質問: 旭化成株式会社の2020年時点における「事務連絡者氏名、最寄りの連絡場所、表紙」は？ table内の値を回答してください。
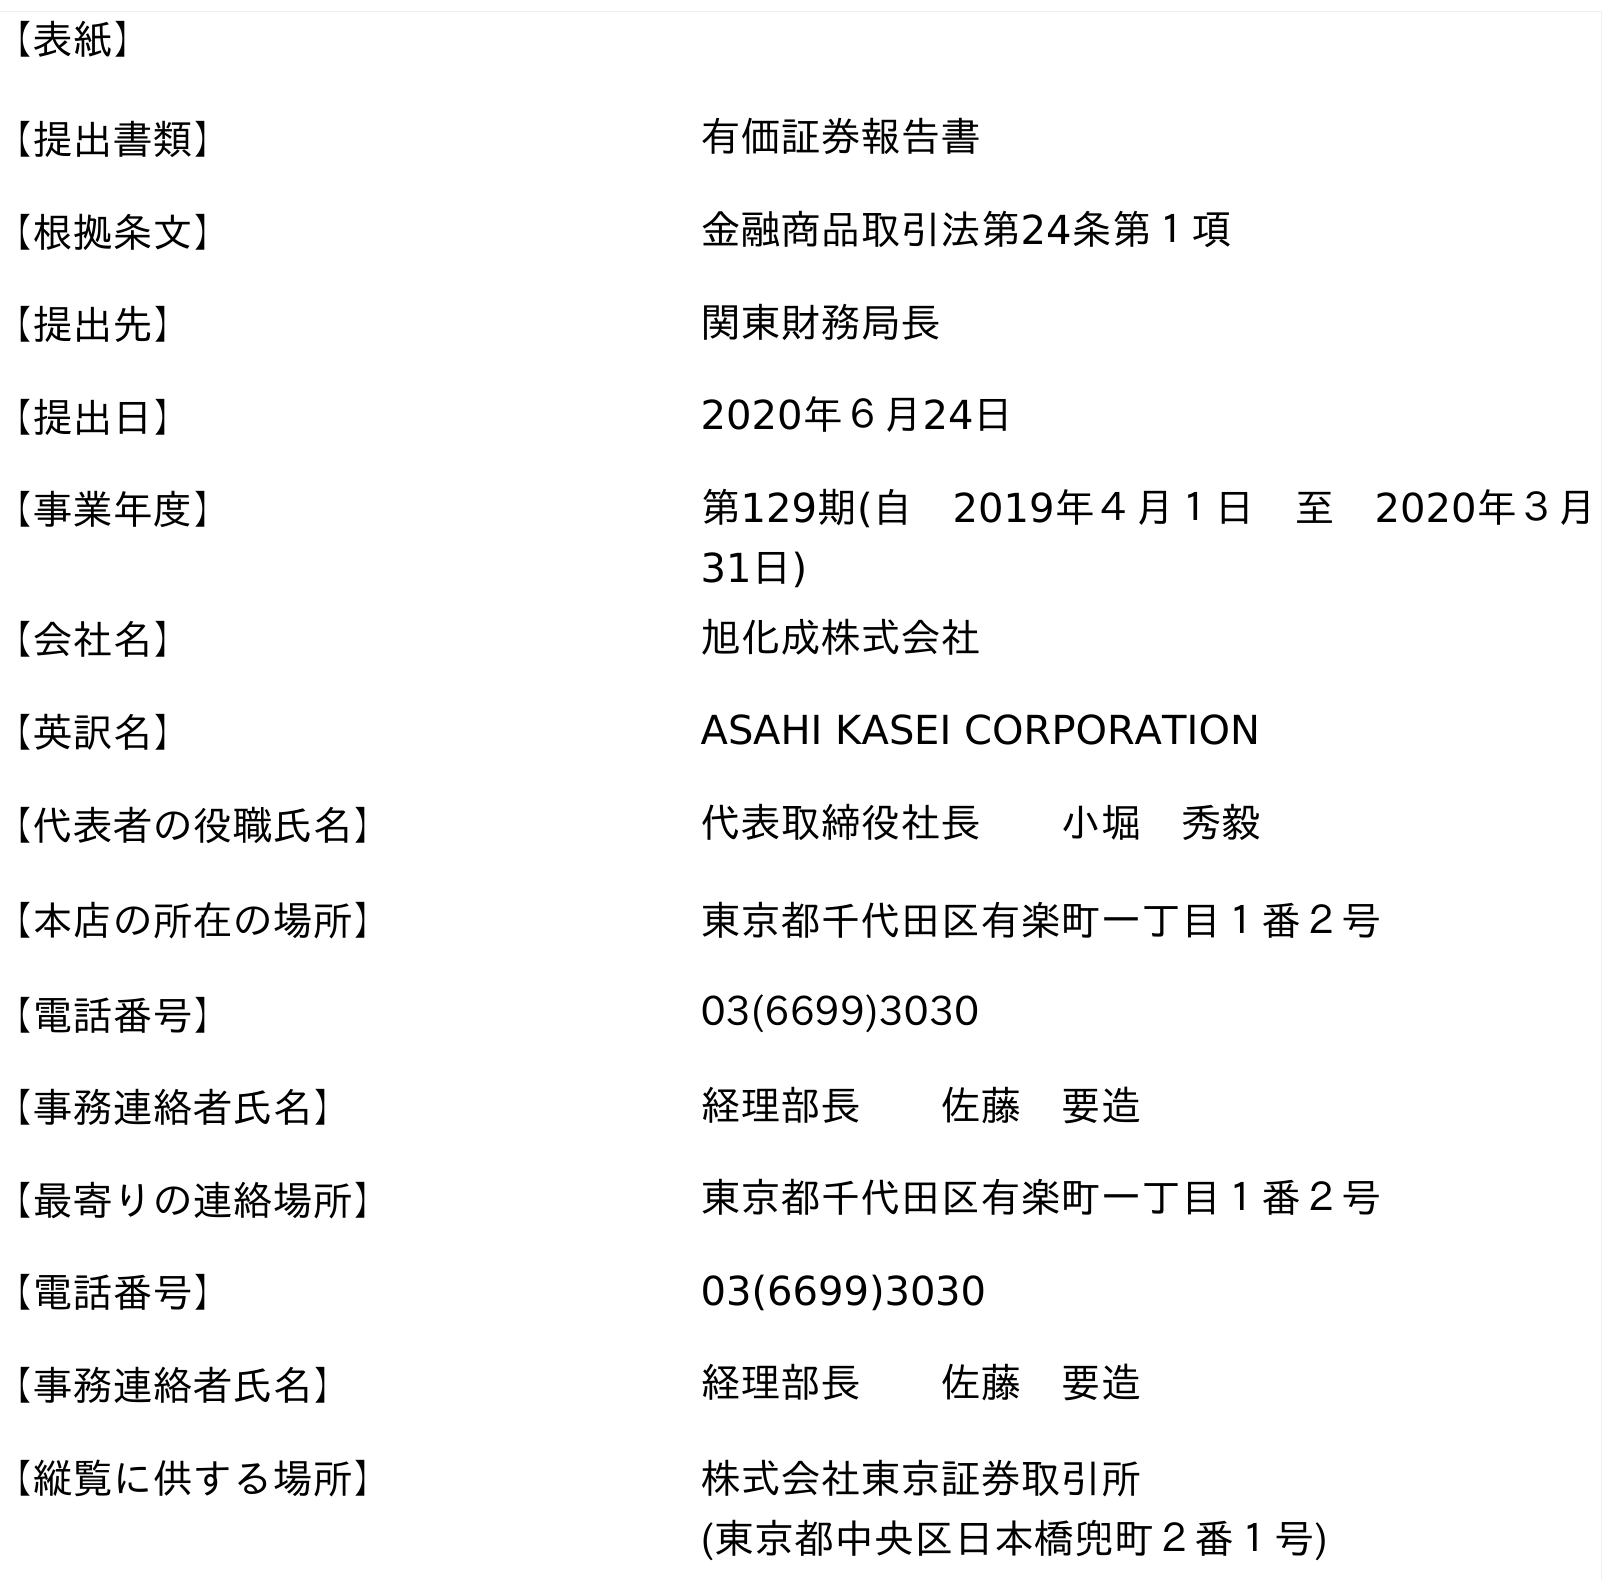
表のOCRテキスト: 【表紙】 【提出書類】 有価証券報告書 【根拠条文】 金融商品取引法第24条第１項 【提出先】 関東財務局長 【提出日】 2020年６月24日 【事業年度】 第129期(自 2019年４月１日 至 2020年３月 31日) 【会社名】 旭化成株式会社 【英訳名】 ASAHI KASEI CORPORATION 【代表者の役職氏名】 代表取締役社長  小堀 秀毅 【本店の所在の場所】 東京都千代田区有楽町一丁目１番２号 【電話番号】 03(6699)3030 【事務連絡者氏名】 経理部長  佐藤 要造 【最寄りの連絡場所】 東京都千代田区有楽町一丁目１番２号 【電話番号】 03(6699)3030 【事務連絡者氏名】 経理部長  佐藤 要造 【縦覧に供する場所】 株式会社東京証券取引所 (東京都中央区日本橋兜町２番１号)
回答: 経理部長佐藤　要造